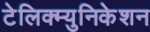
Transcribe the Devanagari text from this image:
टेलिक्म्युनिकेशन